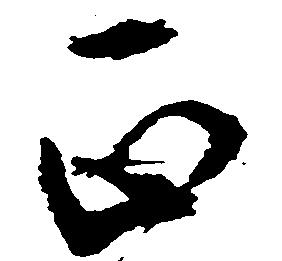
正